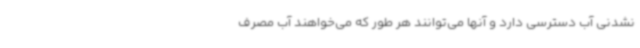
نشدنی آب دسترسی دارد و آنها می‌توانند هر طور که می‌خواهند آب مصرف